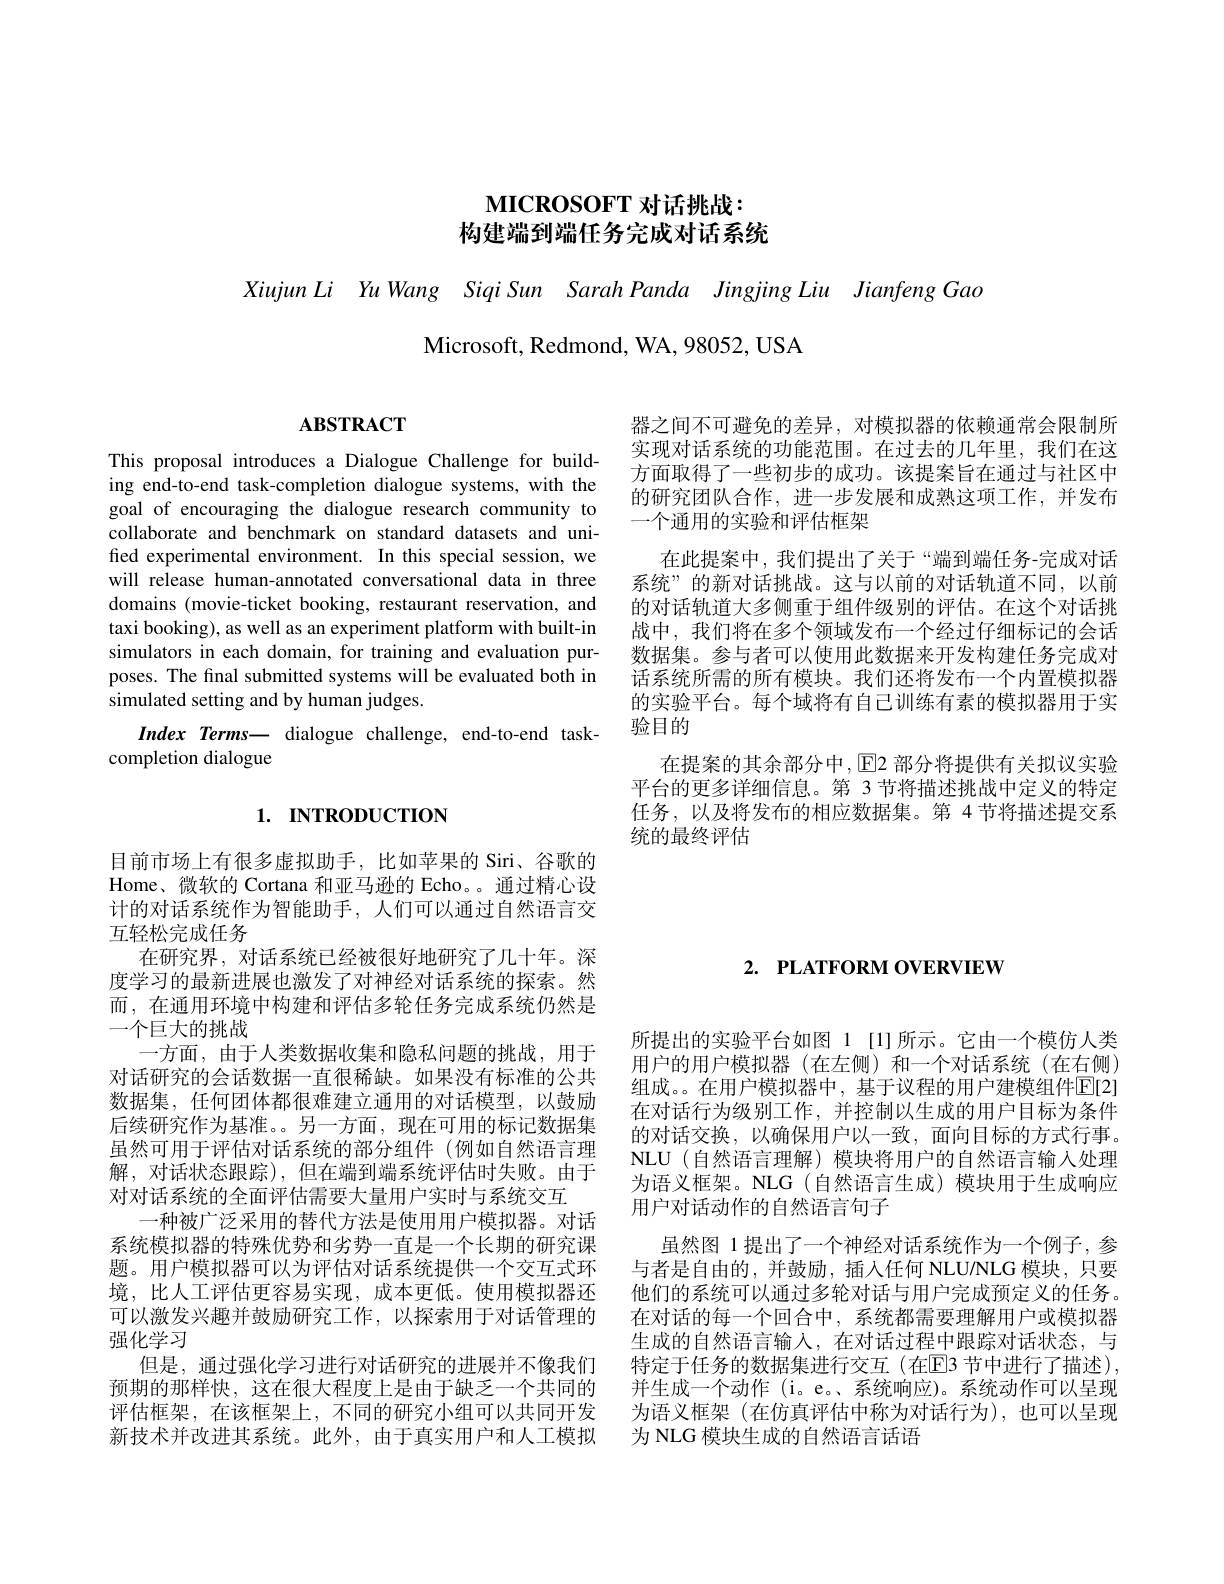
# $\textbf{MICROSOFT 对 话 挑 战 }:$ 构建端到端任务完成对话系统

Xiujun Li Yu Wang Siqi Sun Sarah Panda Jingjing Liu Jianfeng Gao
Microsoft, Redmond, WA, 98052, USA

# $ABSTRACT$

This proposal introduces a Dialogue Challenge for building end-to-end task-completion dialogue systems, with the goal of encouraging the dialogue research community to collaborate and benchmark on standard datasets and unified experimental environment. In this special session, we will release human-annotated conversational data in three domains (movie-ticket booking, restaurant reservation, and taxi booking), as well as an experiment platform with built-in simulators in each domain, for training and evaluation purposes. The final submitted systems will be evaluated both in simulated setting and by human judges.
Index Terms— dialogue challenge, end-to-end task-
completion dialogue

# 1. INTRODUCTION

目前市场上有很多虚拟助手，比如苹果的 Siri、谷歌的Home、微软的 Cortana 和亚马逊的 Echo。通过精心设计的对话系统作为智能助手，人们可以通过自然语言交互轻松完成任务
在研究界，对话系统已经被很好地研究了几十年。深度学习的最新进展也激发了对神经对话系统的探索。然而，在通用环境中构建和评估多轮任务完成系统仍然是一个巨大的挑战
一方面，由于人类数据收集和隐私问题的挑战，用于对话研究的会话数据一直很稀缺。如果没有标准的公共数据集，任何团体都很难建立通用的对话模型，以鼓励后续研究作为基准。另一方面，现在可用的标记数据集虽然可用于评估对话系统的部分组件(例如自然语言理解，对话状态跟踪),但在端到端系统评估时失败。由于对对话系统的全面评估需要大量用户实时与系统交互
一种被广泛采用的替代方法是使用用户模拟器。对话系统模拟器的特殊优势和劣势一直是一个长期的研究课题。用户模拟器可以为评估对话系统提供一个交互式环境，比人工评估更容易实现，成本更低。使用模拟器还可以激发兴趣并鼓励研究工作，以探索用于对话管理的强化学习
但是，通过强化学习进行对话研究的进展并不像我们
预期的那样快，这在很大程度上是由于缺乏一个共同的 并生成一个动作 (i。e。系统响应)。系统动作可以呈现评估框架，在该框架上，不同的研究小组可以共同开发 为语义框架(在仿真评估中称为对话行为),也可以呈现新技术并改进其系统。此外，由于真实用户和人工模拟 为 NLG 模块生成的自然语言话语

器之间不可避免的差异，对模拟器的依赖通常会限制所实现对话系统的功能范围。在过去的几年里，我们在这方面取得了一些初步的成功。该提案旨在通过与社区中的研究团队合作，进一步发展和成熟这项工作，并发布一个通用的实验和评估框架
在此提案中，我们提出了关于“端到端任务-完成对话系统”的新对话挑战。这与以前的对话轨道不同，以前的对话轨道大多侧重于组件级别的评估。在这个对话挑战中，我们将在多个领域发布一个经过仔细标记的会话数据集。参与者可以使用此数据来开发构建任务完成对话系统所需的所有模块。我们还将发布一个内置模拟器的实验平台。每个域将有自己训练有素的模拟器用于实验目的
在提案的其余部分中，E2 部分将提供有关拟议实验平台的更多详细信息。第 3 节将描述挑战中定义的特定任务，以及将发布的相应数据集。第 4 节将描述提交系统的最终评估

# 2. PLATFORM OVERVIEW

所提出的实验平台如图 1[1]所示。它由一个模仿人类用户的用户模拟器(在左侧)和一个对话系统(在右侧) 组成。。在用户模拟器中，基于议程的用户建模组件$\mathbb{E}[2]$ 在对话行为级别工作，并控制以生成的用户目标为条件的对话交换，以确保用户以一致，面向目标的方式行事。NLU(自然语言理解)模块将用户的自然语言输入处理为语义框架。NLG(自然语言生成)模块用于生成响应用户对话动作的自然语言句子
虽然图 1 提出了一个神经对话系统作为一个例子，参与者是自由的，并鼓励，插入任何 NLU/NLG 模块，只要他们的系统可以通过多轮对话与用户完成预定义的任务。在对话的每一个回合中，系统都需要理解用户或模拟器生成的自然语言输入，在对话过程中跟踪对话状态，与特定于任务的数据集进行交互(在E3 节中进行了描述),